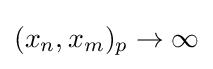
(x_{n},x_{m})_{p}\rightarrow \infty